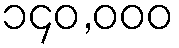
၁၄၀,၀၀၀